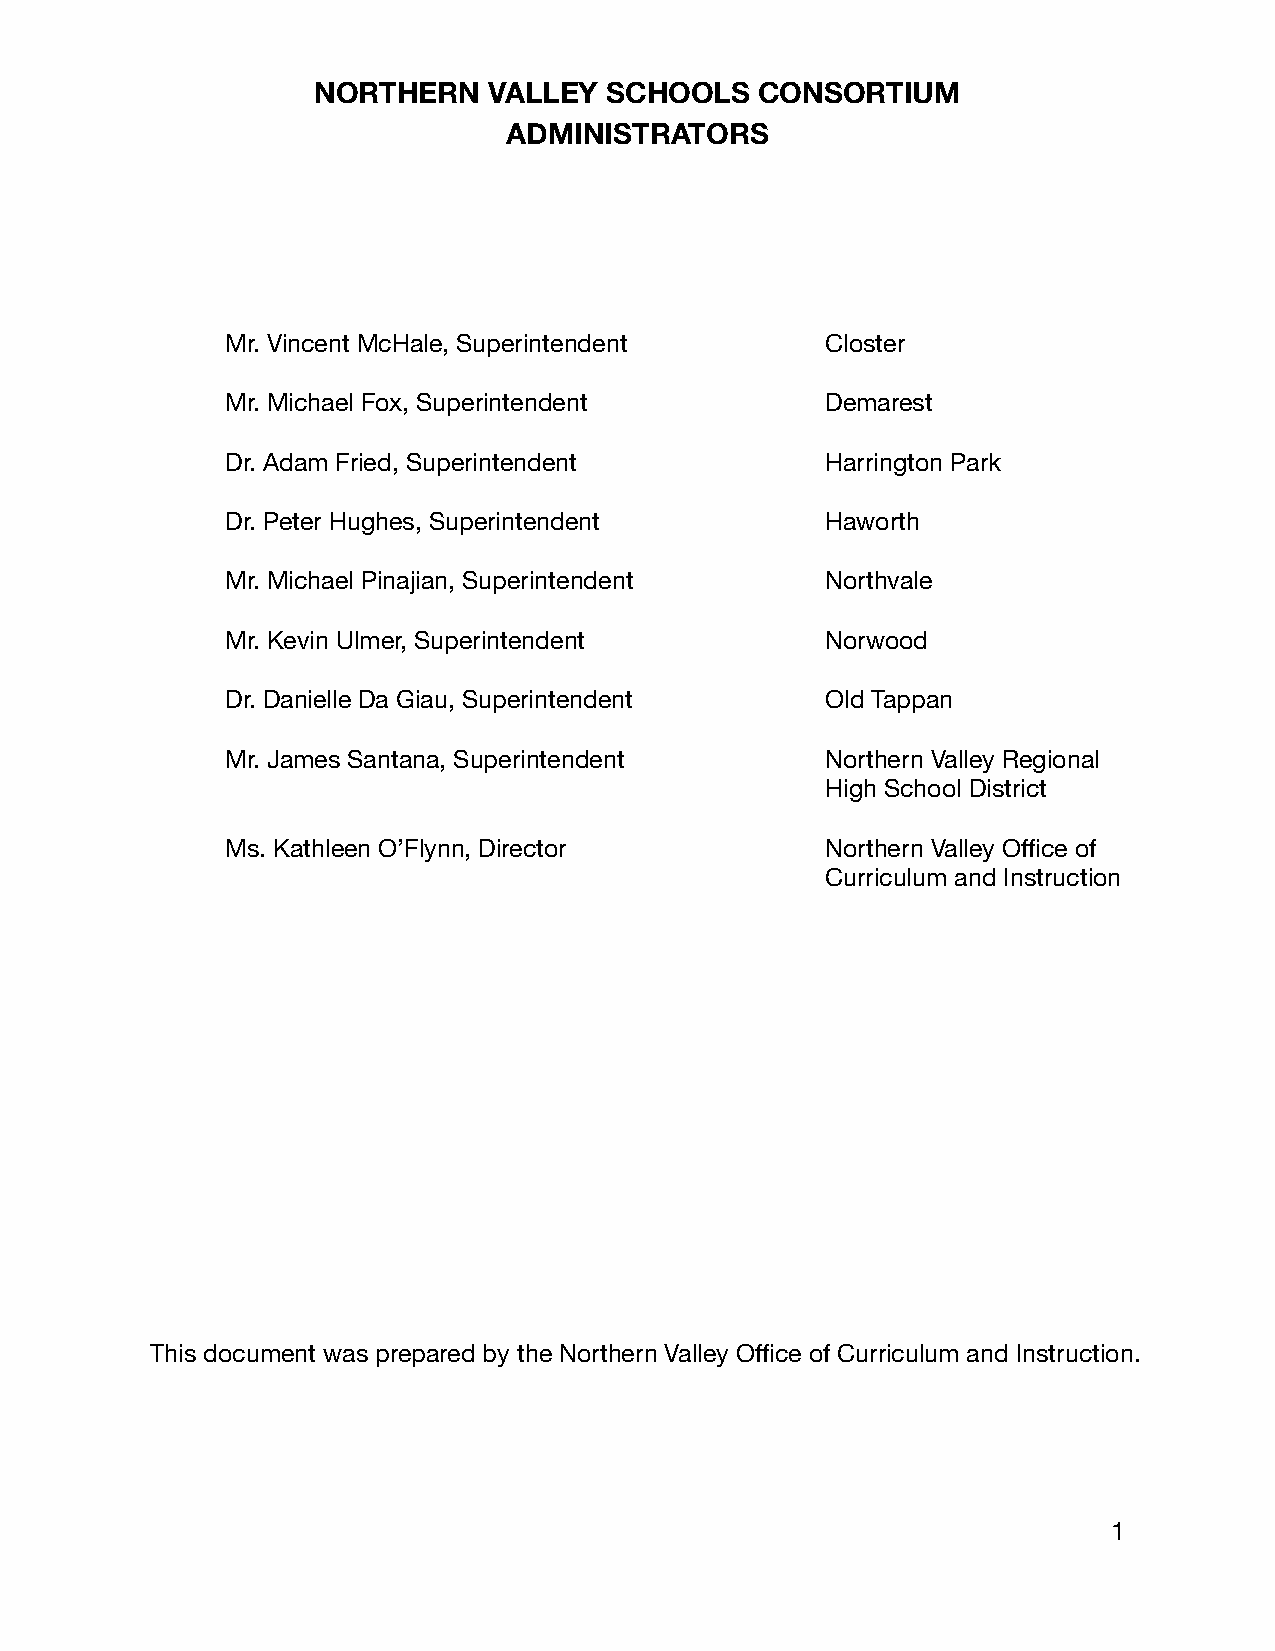
NORTHERN   VALLEY  SCHOOLS   CONSORTIUM
 ADMINISTRATORS
 Mr. Vincent McHale, Superintendent      Closter
 Mr. Michael Fox, Superintendent         Demarest
 Dr. Adam Fried, Superintendent          Harrington Park
 Dr. Peter Hughes, Superintendent        Haworth
 Mr. Michael Pinajian, Superintendent    Northvale
 Mr. Kevin Ulmer, Superintendent         Norwood
 Dr. Danielle Da Giau, Superintendent    Old Tappan
 Mr. James Santana, Superintendent       Northern Valley Regional
 High School District
 Ms. Kathleen O’Flynn, Director          Northern Valley Office of
 Curriculum and Instruction
 This document was prepared by the Northern Valley Office of Curriculum and Instruction.
 1